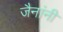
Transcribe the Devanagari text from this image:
जैनांनी